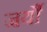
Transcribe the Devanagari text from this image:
जर्यौ